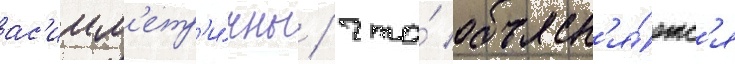
ас'имм'етр'и́чны / что́ объясн'я́етс'я